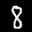
Label: 8